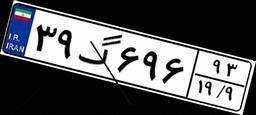
۳۹گ۶۹۶۹۳